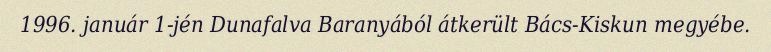
1996. január 1-jén Dunafalva Baranyából átkerült Bács-Kiskun megyébe.